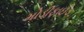
મોડીફાઈડ